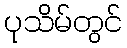
ပုသိမ်တွင်